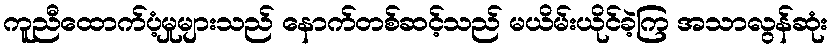
ကူညီထောက်ပံ့မှုများသည် နောက်တစ်ဆင့်သည် မယိမ်းယိုင်ခဲ့ကြ အသာလွန်ဆုံး